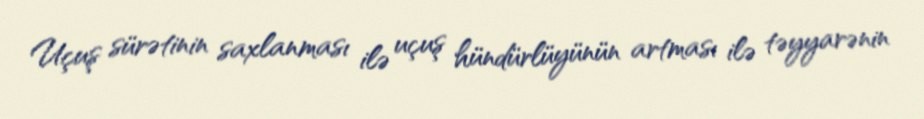
Uçuş sürətinin saxlanması ilə uçuş hündürlüyünün artması ilə təyyarənin